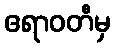
ဧရာဝတီမှ